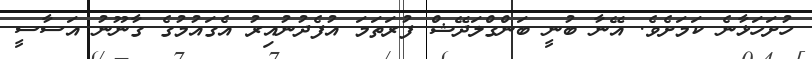
ހުށަހަޅާނެ ކަމަށެވެ. އޭނާ ބުނީ ބަންގްލަދޭޝް ފުރަތަމަ އުފެދުނުއިރު އެގައުމުގެ ގާނޫނު އަސާސީ